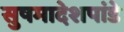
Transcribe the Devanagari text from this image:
सुषमादेशपांडे